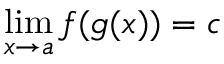
\operatorname* { l i m } _ { x \to a } f ( g ( x ) ) = c